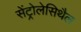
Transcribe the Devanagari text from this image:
सेंट्रोलेसिथैल